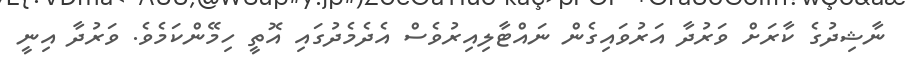
ނާޝިދުގެ ކާރަށް ވަރުދާ އަރުވައިގެން ނައްޓާލިއިރުވެސް އެދެމެދުގައި އޮތީ ހިމޭންކަމެވެ. ވަރުދާ އިނީ